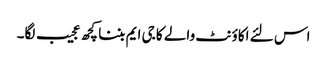
اس لئے اکاؤنٹ والے کا جی ایم بننا کچھ عجیب لگا۔